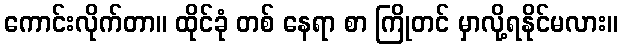
ကောင်းလိုက်တာ။ ထိုင်ခုံ တစ် နေရာ စာ ကြိုတင် မှာလို့ရနိုင်မလား။